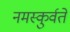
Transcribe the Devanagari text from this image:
नमस्कुर्वते